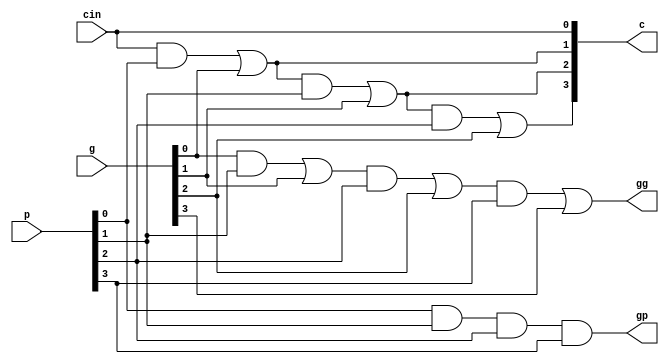
`timescale 1ns / 1ps
//////////////////////////////////////////////////////////////////////////////////
// Company: 
// Engineer: 
// 
// Design Name: 
// Module Name: cla
// Project Name: 
// Target Devices: 
// Tool Versions: 
// Description: 
// 
// Dependencies: 
// 
// Revision:
// Revision 0.01 - File Created
// Additional Comments:
// 
//////////////////////////////////////////////////////////////////////////////////


module cla(p,g,cin,c,gp,gg);

    input [3:0] p,g;
    input cin;
    output [3:0] c;
    output gp,gg;
    function [99:0] do_cla;
        input [3:0] p,g;
        input cin;
        begin:label
            integer i; 
            reg gp,gg;
            reg [3:0] c; 
            gp = p[0];
            gg = g[0];
            c[0] = cin;
            for(i = 1;i < 4;i = i + 1) begin
                gp = gp&p[i];
                gg = (gg&p[i])|g[i]; 
                c[i] = (c[i-1]&p[i-1])|g[i-1];
            end
            do_cla = {c,gp,gg}; 
        end
    endfunction
    assign {c,gp,gg} = do_cla(p,g,cin);
    
endmodule